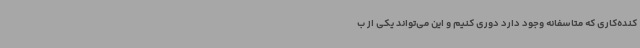
کنده‌کاری که متاسفانه وجود دارد دوری کنیم و این می‌تواند یکی از ب